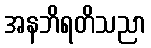
အနဘိရတိသညာ